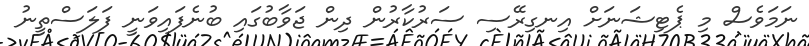
ނަމަވެސް މި ޕެޓިޝަނަށް އިނގިރޭސި ސަރުކާރުން ދިން ޖަވާބުގައި ބުނެފައިވަނީ ފަލަސްތީނު